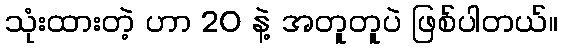
သုံးထားတဲ့ ဟာ 20 နဲ့ အတူတူပဲ ဖြစ်ပါတယ်။